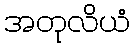
အတုလိယံ